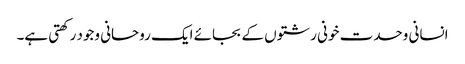
انسانی وحدت خونی رشتوں کے بجائے ایک روحانی وجود رکھتی ہے۔